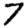
Digit: 7